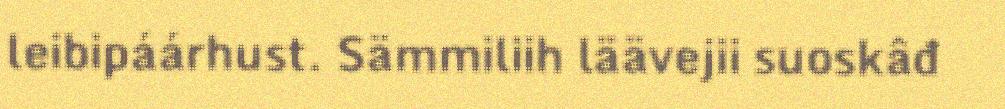
leibipáárhust. Sämmiliih läävejii suoskâđ